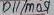
Text: D11